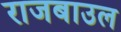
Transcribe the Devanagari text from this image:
राजबाउल